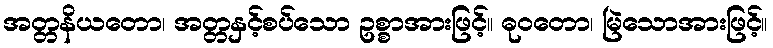
အတ္တနိယတော၊ အတ္တနှင့်စပ်သော ဥစ္စာအားဖြင့်။ ဓုဝတော၊ မြဲသောအားဖြင့်။